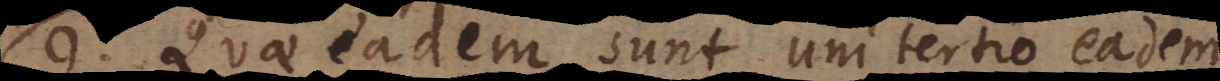
9) Quae eadem sunt uni tertio eadem